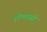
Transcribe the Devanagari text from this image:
शोभतासी